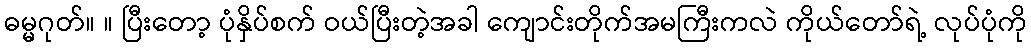
ဓမ္မဂုတ်။ ။ ပြီးတော့ ပုံနှိပ်စက် ဝယ်ပြီးတဲ့အခါ ကျောင်းတိုက်အမကြီးကလဲ ကိုယ်တော်ရဲ့ လုပ်ပုံကို